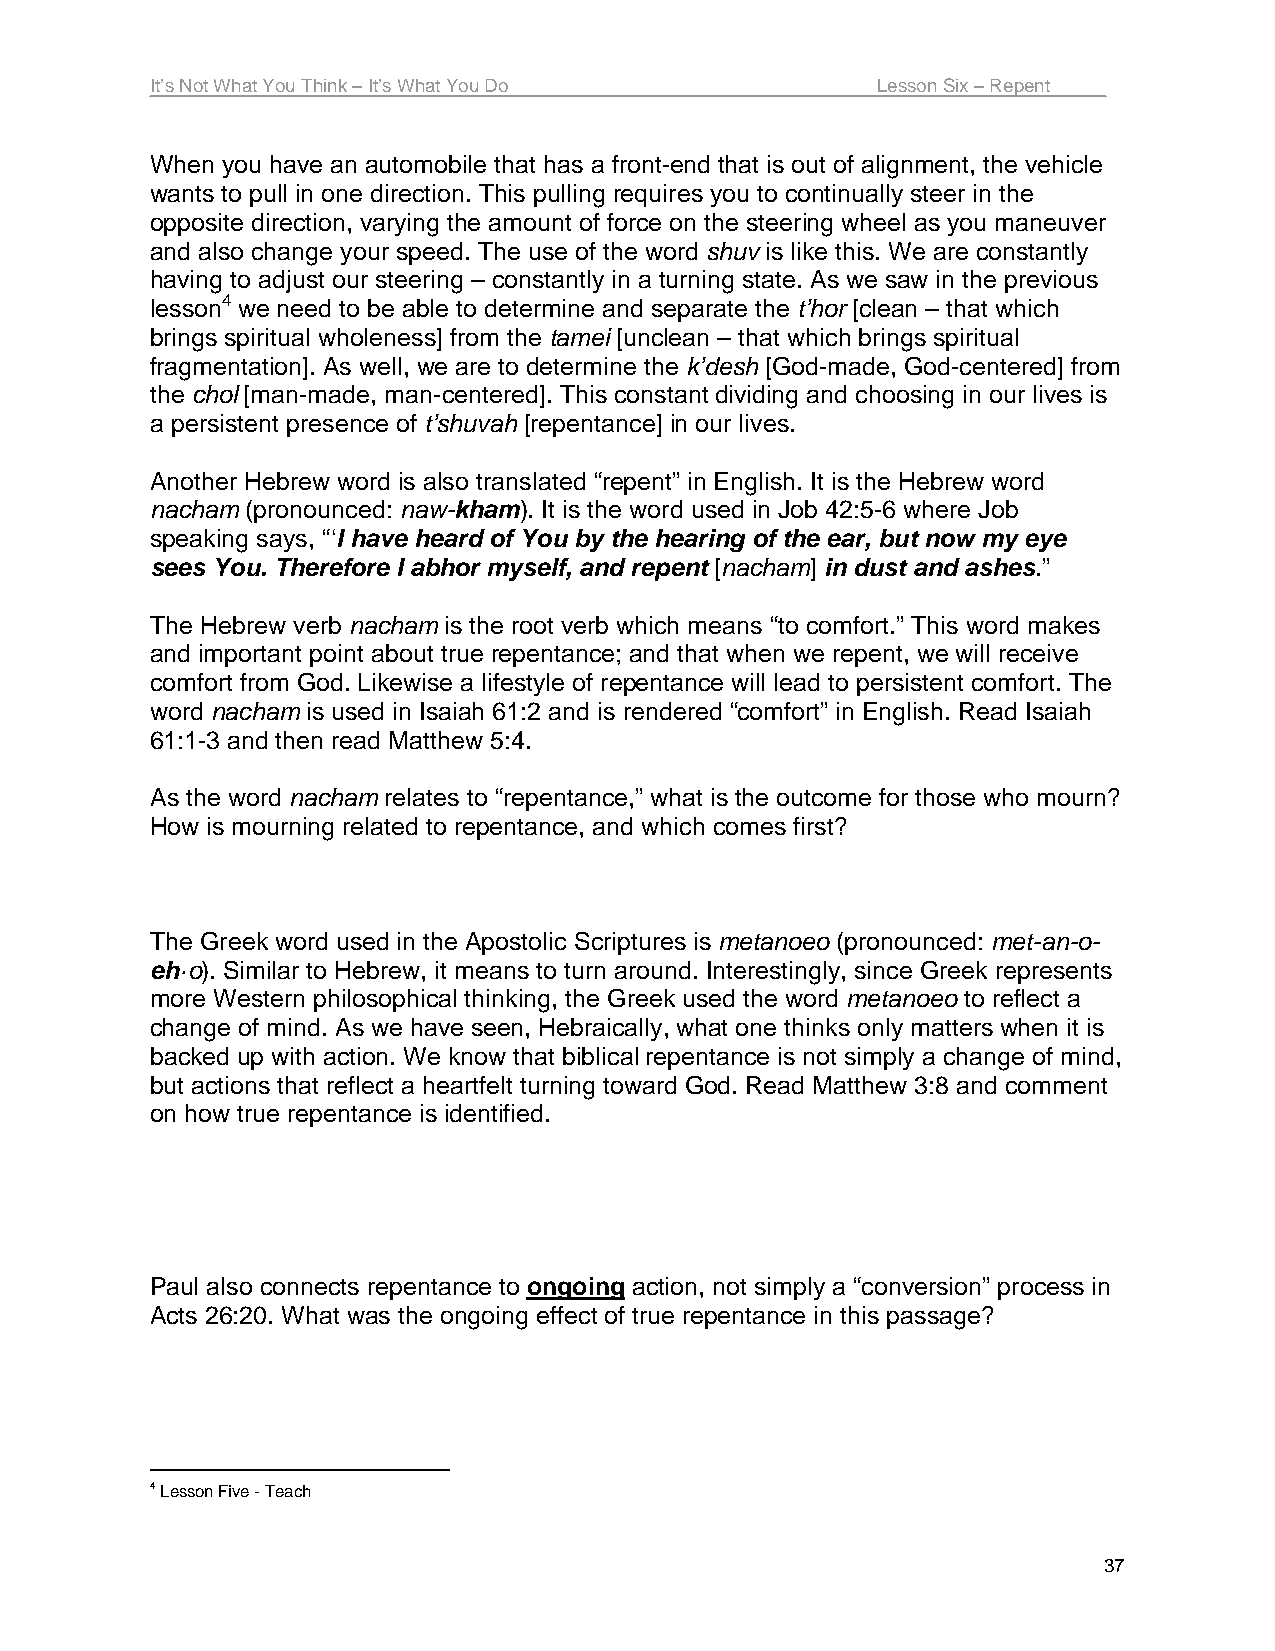
It’s Not What You Think – It’s What You Do      Lesson Six – Repent
 When you have an automobile that has a front-end that is out of alignment, the vehicle
 wants to pull in one direction. This pulling requires you to continually steer in the
 opposite direction, varying the amount of force on the steering wheel as you maneuver
 and also change your speed. The use of the word shuv is like this. We are constantly
 having to adjust our steering – constantly in a turning state. As we saw in the previous
 lesson4 we need to be able to determine and separate the t’hor [clean – that which
 brings spiritual wholeness] from the tamei [unclean – that which brings spiritual
 fragmentation]. As well, we are to determine the k’desh [God-made, God-centered] from
 the chol [man-made, man-centered]. This constant dividing and choosing in our lives is
 a persistent presence of t’shuvah [repentance] in our lives.
 Another Hebrew word is also translated “repent” in English. It is the Hebrew word
 nacham (pronounced: naw-kham). It is the word used in Job 42:5-6 where Job
 speaking says, “‘I have heard of You by the hearing of the ear, but now my eye
 sees You. Therefore I abhor myself, and repent [nacham] in dust and ashes.”
 The Hebrew verb nacham is the root verb which means “to comfort.” This word makes
 and important point about true repentance; and that when we repent, we will receive
 comfort from God. Likewise a lifestyle of repentance will lead to persistent comfort. The
 word nacham is used in Isaiah 61:2 and is rendered “comfort” in English. Read Isaiah
 61:1-3 and then read Matthew 5:4.
 As the word nacham relates to “repentance,” what is the outcome for those who mourn?
 How is mourning related to repentance, and which comes first?
 The Greek word used in the Apostolic Scriptures is metanoeo (pronounced: met-an-o-
 eh·o). Similar to Hebrew, it means to turn around. Interestingly, since Greek represents
 more Western philosophical thinking, the Greek used the word metanoeo to reflect a
 change of mind. As we have seen, Hebraically, what one thinks only matters when it is
 backed up with action. We know that biblical repentance is not simply a change of mind,
 but actions that reflect a heartfelt turning toward God. Read Matthew 3:8 and comment
 on how true repentance is identified.
 Paul also connects repentance to ongoing action, not simply a “conversion” process in
 Acts 26:20. What was the ongoing effect of true repentance in this passage?
 4 Lesson Five - Teach
 37